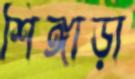
শিঙ্গাড়া